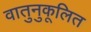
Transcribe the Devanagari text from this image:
वातुनुकूलित